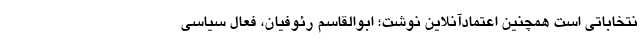
نتخاباتی است همچنین اعتمادآنلاین نوشت؛ ابوالقاسم رئوفیان،‌ فعال سیاسی